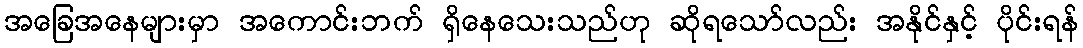
အခြေအနေများမှာ အကောင်းဘက် ရှိနေသေးသည်ဟု ဆိုရသော်လည်း အနိုင်နှင့် ပိုင်းရန်